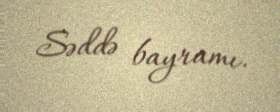
Səddə bayramı.